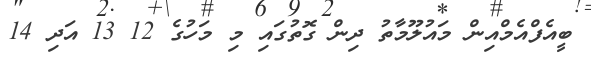
ބީއެފްއެމްއިން މައުލޫމާތު ދިން ގޮތުގައި މި މަހުގެ 12 13 އަދި 14